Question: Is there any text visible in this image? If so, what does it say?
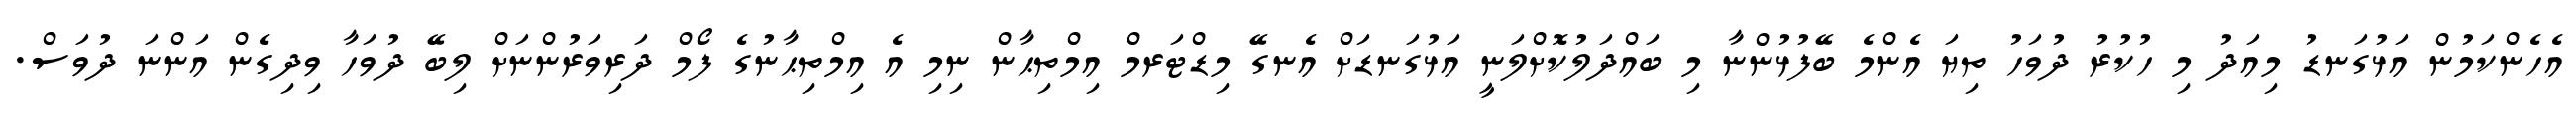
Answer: އެހެންކަމުން އަޅުގަނޑު މިއަދު މި ހުކުރު ދުވަހު ތިޔަ އެންމެ ބޭފުޅުންނާ މި ބައްދަލުކޮށްލަނީ އަޅުގަނޑަށް އެނގޭ މިޑްޓަރމް އިމްތިޙާން ނިމި އެ އިމްތިޙާނުގެ ފޯމް ދަރިވަރުންނަށް ލިބޭ ދުވަހާ ވިދިގެން އަންނަ ދުވަސް.